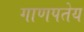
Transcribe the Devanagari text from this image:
गाणपतेय